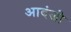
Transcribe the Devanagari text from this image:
आदंजी